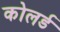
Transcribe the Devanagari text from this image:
कोलर्ड